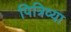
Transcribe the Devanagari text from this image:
पित्रिव्या